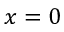
x = 0